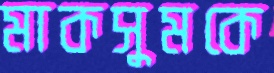
মাকসুমকে